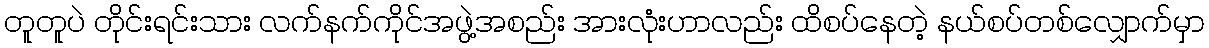
တူတူပဲ တိုင်းရင်းသား လက်နက်ကိုင်အဖွဲ့အစည်း အားလုံးဟာလည်း ထိစပ်နေတဲ့ နယ်စပ်တစ်လျှောက်မှာ